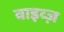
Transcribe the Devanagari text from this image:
वाइव्ज़